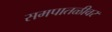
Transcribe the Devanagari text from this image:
समपातळीवर